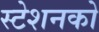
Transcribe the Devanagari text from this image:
स्टेशनको